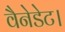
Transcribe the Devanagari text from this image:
वैनेडेट।